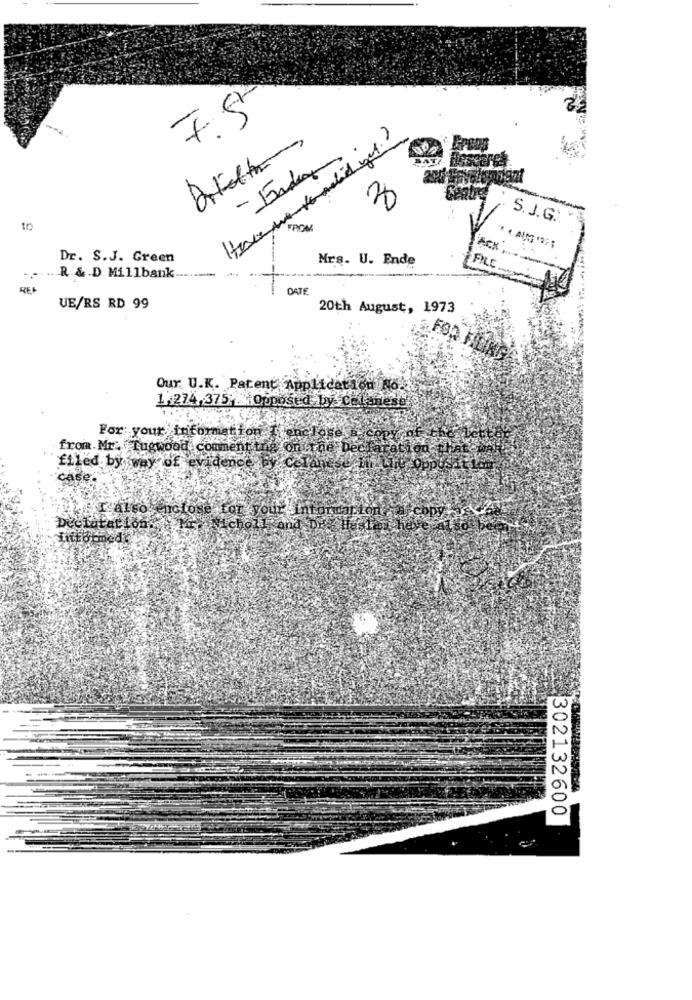
7.5
- Endag.
S. J.G.
10
ACK
Dr. S.J. Green
Mrs. U. Ende
FILE
R & D Millbank -.........
DATE
UE/RS RD 99
20th August, 1973
Our U.K. Patent Application No.
1,274, 375, Opposed by celanese
For your information Ilenclose
from. Mr: Tugwood comment the onerne Dec
Colar
filed by way of evidence
case
£ alsò,
your intor arion
Declaration My
302132600